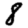
Digit: 8